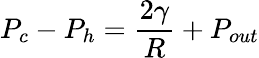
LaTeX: P_{c}-P_{h}=\frac{2\gamma}{R}+P_{out}